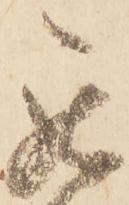
罷